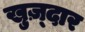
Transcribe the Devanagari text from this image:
खुज़्दार